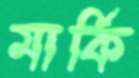
মার্কি